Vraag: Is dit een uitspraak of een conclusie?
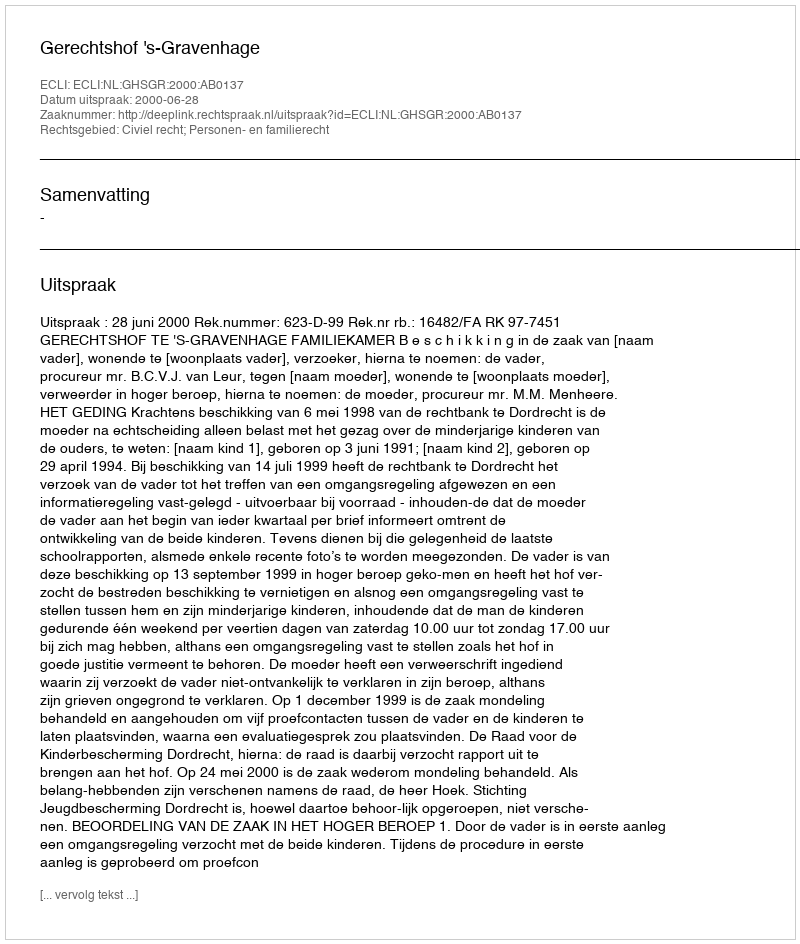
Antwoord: Uitspraak